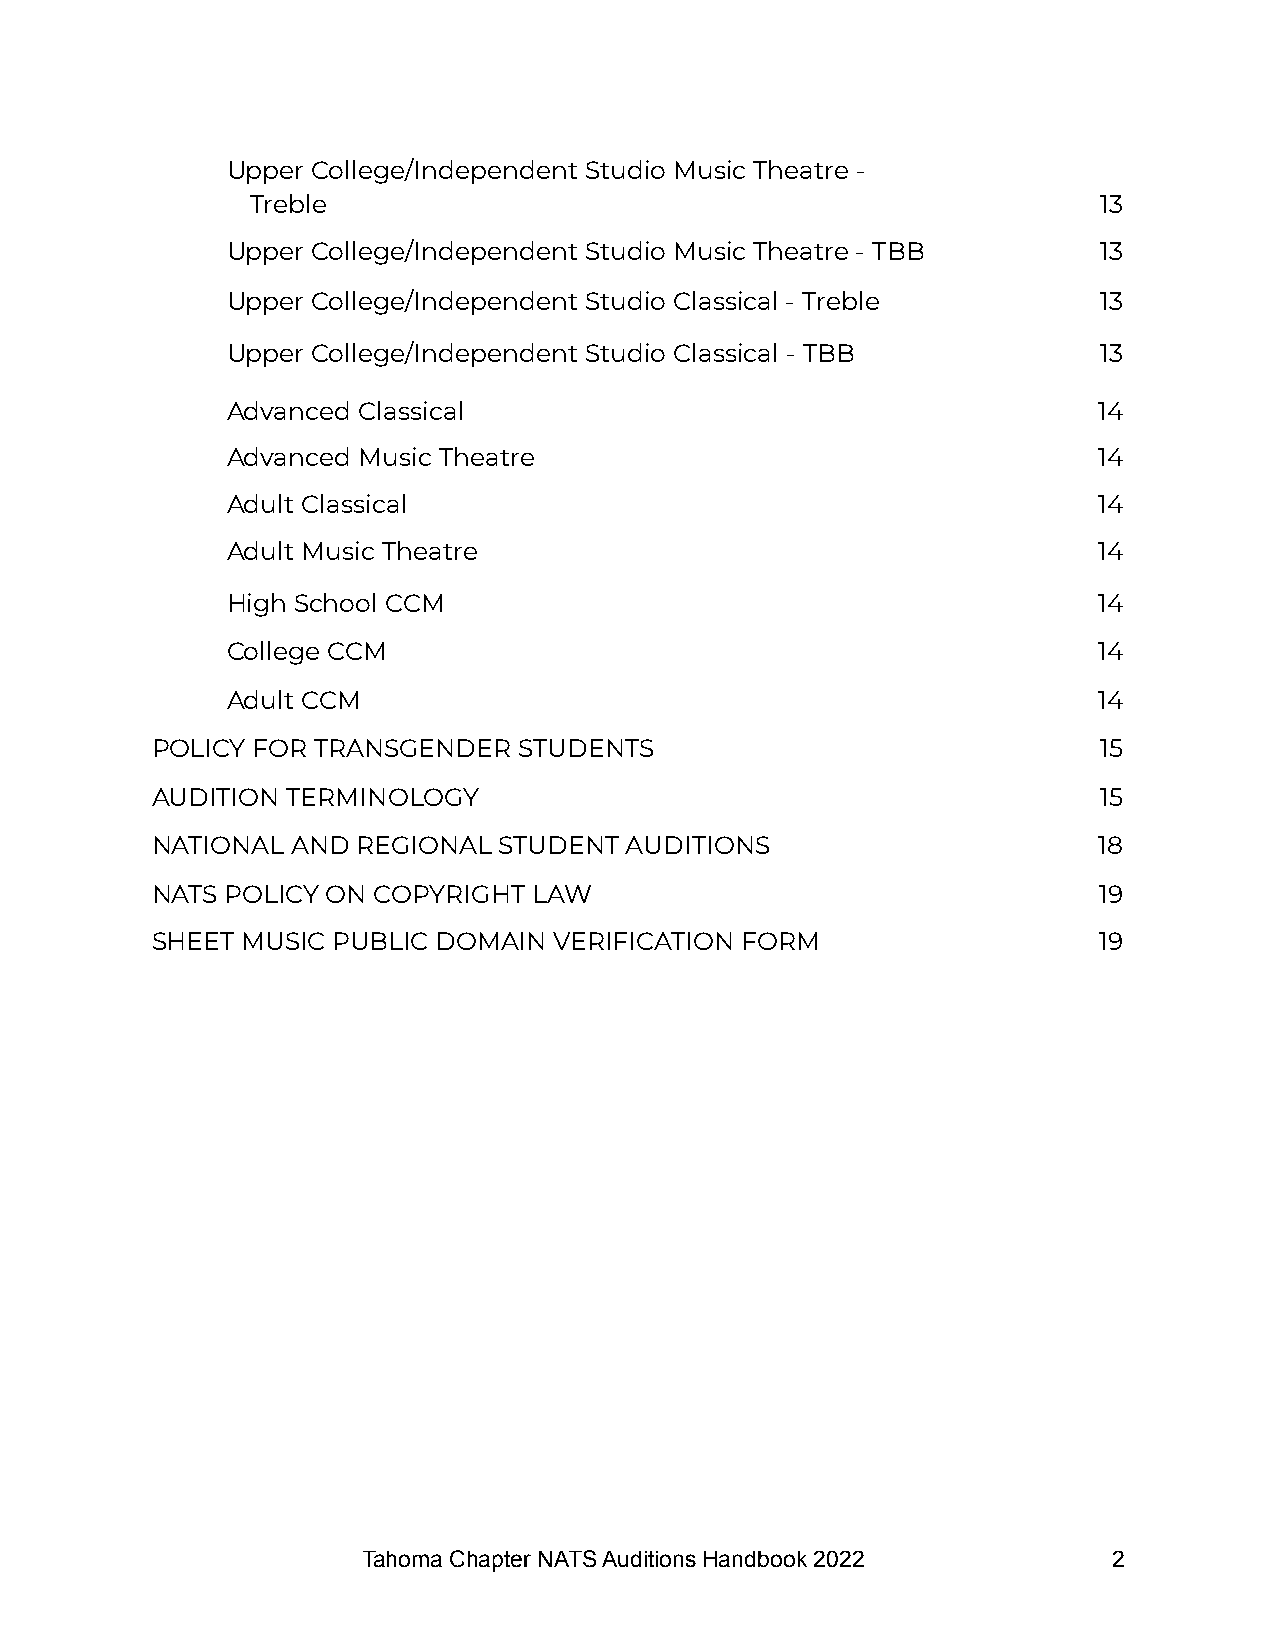
Upper College/Independent Studio Music Theatre -
 Treble                                                  13
 Upper College/Independent Studio Music Theatre - TBB      13
 Upper College/Independent Studio Classical - Treble       13
 Upper College/Independent Studio Classical - TBB          13
 Advanced Classical                                        14
 Advanced Music Theatre                                    14
 Adult Classical                                           14
 Adult Music Theatre                                       14
 High School CCM                                           14
 College CCM                                               14
 Adult CCM                                                 14
 POLICY FOR TRANSGENDER  STUDENTS                               15
 AUDITION TERMINOLOGY                                           15
 NATIONAL AND  REGIONAL STUDENT AUDITIONS                       18
 NATS POLICY ON COPYRIGHT LAW                                   19
 SHEET MUSIC PUBLIC DOMAIN  VERIFICATION FORM                   19
 Tahoma Chapter NATS Auditions Handbook 2022       2